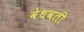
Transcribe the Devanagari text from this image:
वेधवती